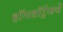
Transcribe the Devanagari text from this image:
हॉगवॉर्ट्‌जचे